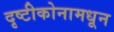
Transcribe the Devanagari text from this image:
दृष्टीकोनामधून